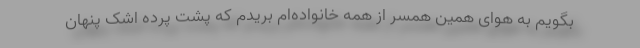
بگویم به هوای همین همسر از همه خانواده‌ام بریدم که پشت پرده اشک پنهان